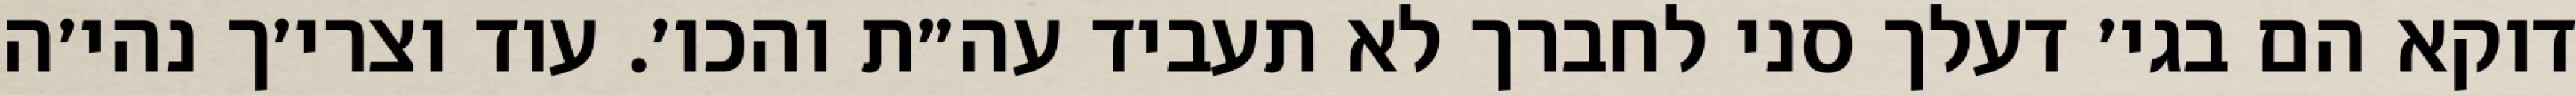
דוקא הם בגי׳ דעלך סני לחברך לא תעביד עה״ת והכו׳. עוד וצרי׳ך נהי׳ה